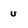
Character: u